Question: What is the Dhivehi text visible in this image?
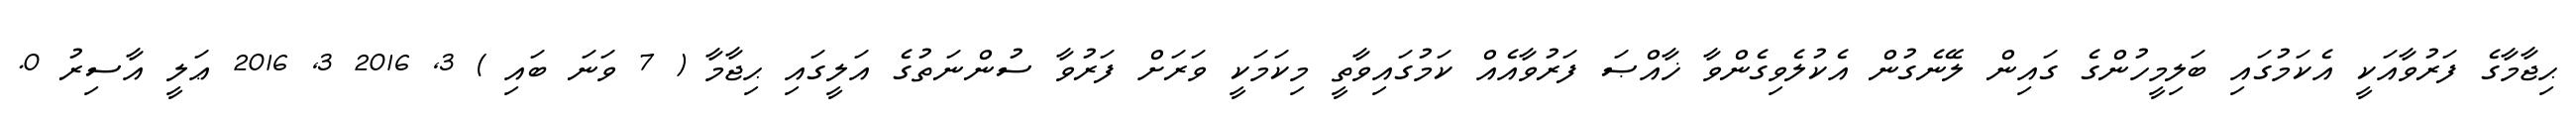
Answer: ޙިޖާމާގެ ފަރުވާއަކީ އެކަމުގައި ބަލިމީހުންގެ ގައިން ލޭނެގުން އެކުލެވިގެންވާ ޚާއްޞަ ފަރުވާއެއް ކަމުގައިވާތީ މިކަމަކީ ވަރަށް ފަރުވާ ސުންނަތުގެ އަލީގައި ޙިޖާމާ ( 7 ވަނަ ބައި ) 3, 2016 3, 2016 ޢަލީ އާސިރު 0.